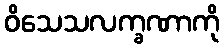
ဝိသေသလက္ခဏာကို